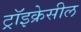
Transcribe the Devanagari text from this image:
ट्रॉइक्रेसील